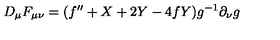
D _ { \mu } F _ { \mu \nu } = ( f ^ { \prime \prime } + X + 2 Y - 4 f Y ) g ^ { - 1 } \partial _ { \nu } g